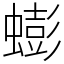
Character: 蟛